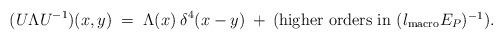
LaTeX: \begin{align*}(U \Lambda U^{-1})(x,y) \;=\; \Lambda(x) \:\delta^4(x-y) \:+\:{\mbox{(higher orders in $(l_{\mbox{\scriptsize{macro}}} E_P)^{-1}$)}}. \end{align*}